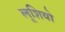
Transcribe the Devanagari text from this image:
लूशियो